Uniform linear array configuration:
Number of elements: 64
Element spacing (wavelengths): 0.5
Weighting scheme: binomial
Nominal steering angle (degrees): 45
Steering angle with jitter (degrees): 46.62
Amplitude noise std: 0.05
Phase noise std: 0.05

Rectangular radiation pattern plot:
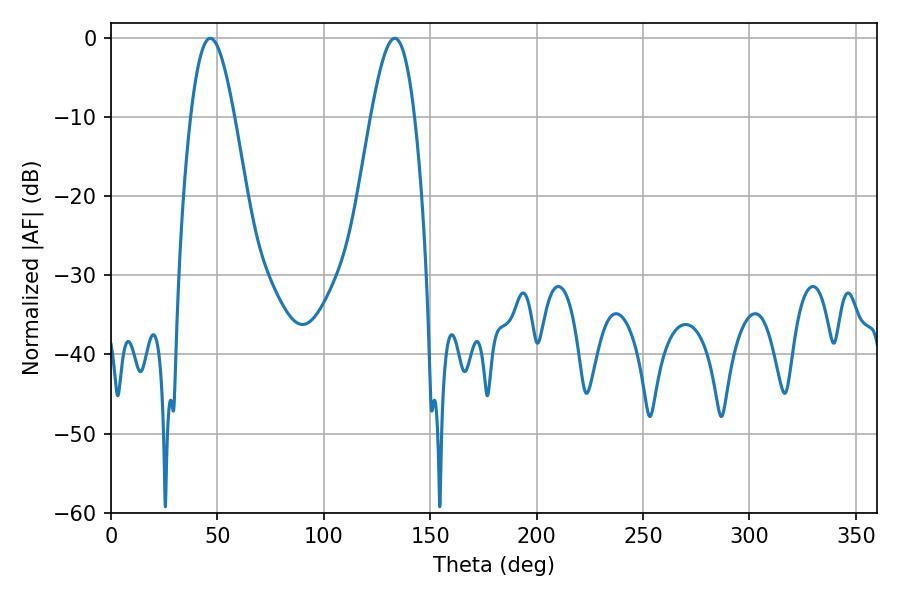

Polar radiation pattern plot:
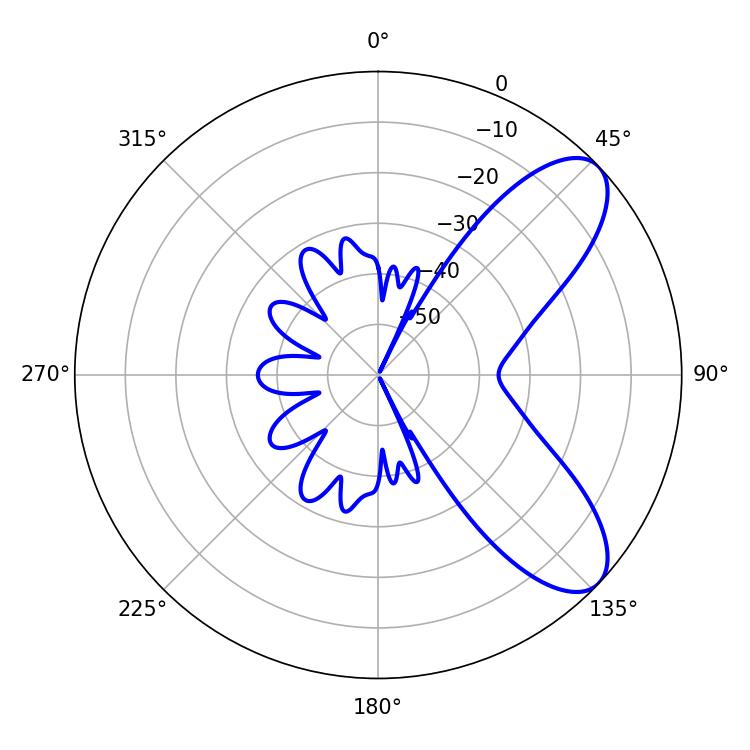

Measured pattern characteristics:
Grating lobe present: FALSE
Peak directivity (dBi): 8.114
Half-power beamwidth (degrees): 11.16
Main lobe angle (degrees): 46.62